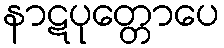
နာဋပုတ္တောပေ